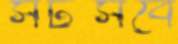
সটসবে